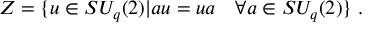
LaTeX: { \cal Z } = \{ u \in S U _ { q } ( 2 ) | a u = u a ~ ~ ~ \forall a \in S U _ { q } ( 2 ) \} ~ .